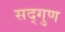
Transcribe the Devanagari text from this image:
सद्‌गुण